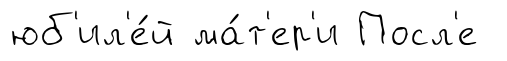
юб'ил'е́й ма́т'ер'и Посл'е